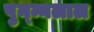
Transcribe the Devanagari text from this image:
पुन्न्नलाल